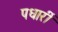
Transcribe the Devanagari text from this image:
पधारीं